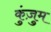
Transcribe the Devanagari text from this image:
कुंज़ुम